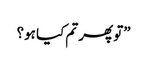
”تو پھر تم کیا ہو؟